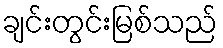
ချင်းတွင်းမြစ်သည်